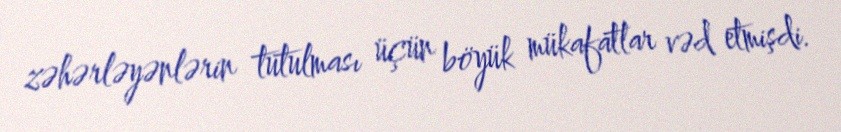
zəhərləyənlərin tutulması üçün böyük mükafatlar vəd etmişdi.